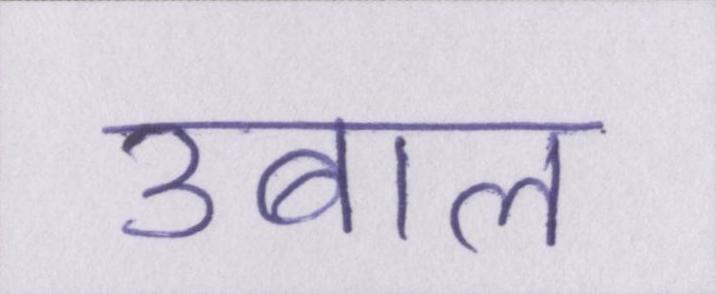
उबाल